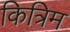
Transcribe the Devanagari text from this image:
कित्रिम